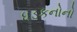
ધડકનોનો